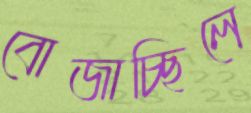
বোজাচ্ছিলে